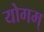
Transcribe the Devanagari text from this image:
योगम्